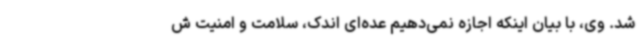
شد. وی، با بیان اینکه اجازه نمی‌دهیم عده‌ای اندک، سلامت و امنیت ش